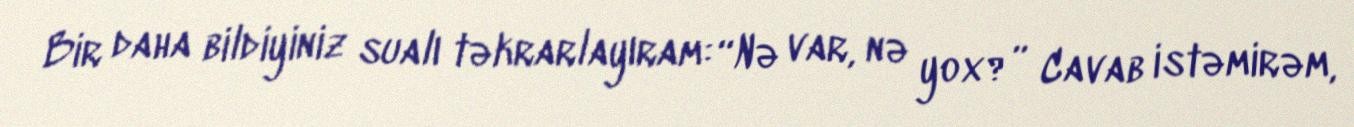
Bir daha bildiyiniz sualı təkrarlayıram: “Nə var, nə yox?” Cavab istəmirəm,